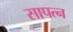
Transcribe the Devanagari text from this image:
सापत्न